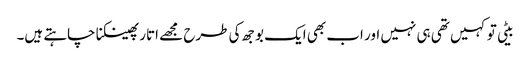
بیٹی تو کہیں تھی ہی نہیں اور اب بھی ایک بوجھ کی طرح مجھے اتار پھینکنا چاہتے ہیں۔